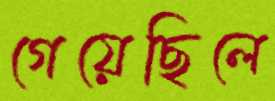
গেয়েছিলে